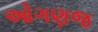
ઓગણજ